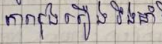
ការរុងរឿងរឹងមាំ